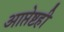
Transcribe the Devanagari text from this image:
आप्तेष्टही